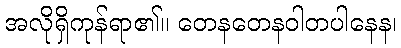
အလိုရှိကုန်ရာ၏။ တေနတေနဝါတပါနေန၊